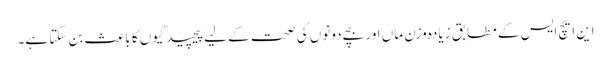
این ایچ ایس کے مطابق زیادہ وزن ماں اور بچے دونوں کی صحت کے لیے پیچید گیوں کا باعث بن سکتا ہے۔